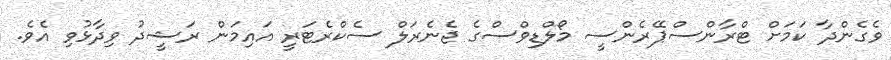
ވެގެންދާ ކަމަށް ޓްރާންސްޕޭރެންސީ މޯލްޑިވްސްގެ ޖެނެރަލް ސެކްރެޓަރީ އައިމަން ރަޝީދު ވިދާޅުވި އެވެ.